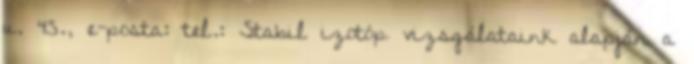
u. 45., e-posta: tel.: Stabil izotóp vizsgálataink alapján a